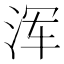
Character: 浑